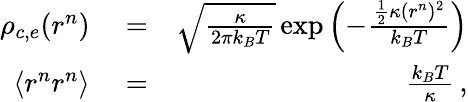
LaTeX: \begin{array}{rlr}{\rho_{c,e}(r^{n})}&{{}=}&{\sqrt{\frac{\kappa}{2\pi k_{B}T}}\exp\left(-\frac{\frac{1}{2}\kappa(r^{n})^{2}}{k_{B}T}\right)}\\ {\langle r^{n}r^{n}\rangle}&{{}=}&{\frac{k_{B}T}{\kappa}\, ,}\end{array}